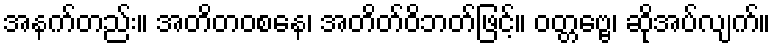
အနက်တည်း။ အတိတဝစနေ၊ အတိတ်ဝိဘတ်ဖြင့်။ ဝတ္တဗ္ဗေ၊ ဆိုအပ်လျက်။